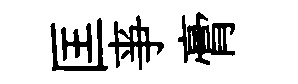
匡亊膏